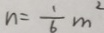
n = \frac { 1 } { 6 } m ^ { 2 }